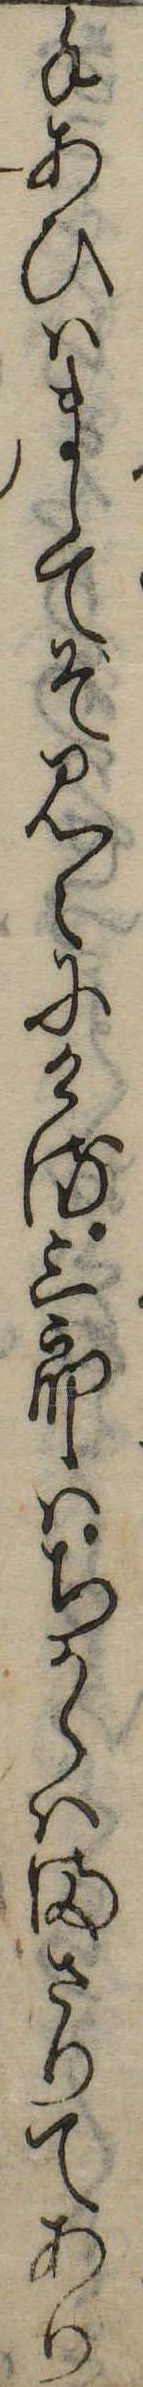
手あひはましてぞ見えにける三郎はちからはまさりてあり